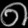
Digit: ၈